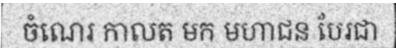
ចំណេរ កាលត មក មហាជន បែរជា